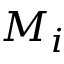
M _ { i }